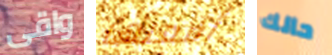
واقى أفعلها حالك